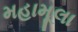
મહામૂલા